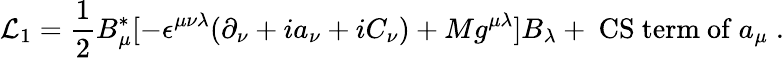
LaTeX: {\cal L}_{1}=\frac{1}{2}B_{\mu}^{*}[-\epsilon^{\mu\nu\lambda}(\partial_{\nu}+ia_{\nu}+iC_{\nu})+Mg^{\mu\lambda}]B_{\lambda}+\mathrm{~CS~term~of}~a_{\mu}\; .